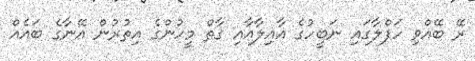
ރޭ ބޭއްވި ހަފްލާގައި ނަބީހުގެ އާއިލާއާއި ގާތް މީހުންގެ އިތުރުން އޭނާގެ ބައެއް